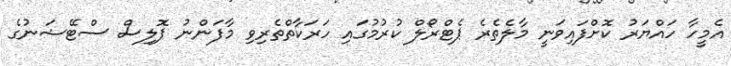
އެމީހާ ހައްޔަރު ކޮށްފައިވަނީ މާލެތެރެ ޕެޓްރޯލް ކުރުމުގައި ހަރަކާތްތެރިވި މާފަންނު ޕޮލިސް ސްޓޭޝަނުގެ